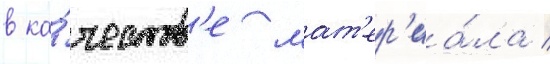
в ка́честв'е мат'ер'иа́ла /